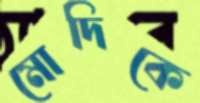
মোদিকে